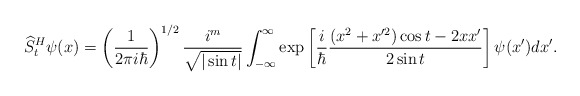
\begin{align*}\widehat{S}_{t}^{H}\psi(x)=\left( \frac{1}{2\pi i\hbar}\right) ^{1/2}\frac{i^{m}}{\sqrt{|\sin t|}}\int_{-\infty}^{\infty}\exp\left[ \frac{i}{\hbar}\frac{(x^{2}+x^{\prime2})\cos t-2xx^{\prime}}{2\sin t}\right]\psi(x^{\prime})dx^{\prime}. \end{align*}